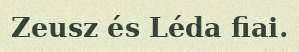
Zeusz és Léda fiai.